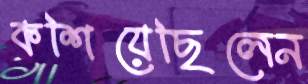
কশিয়েছিলেন